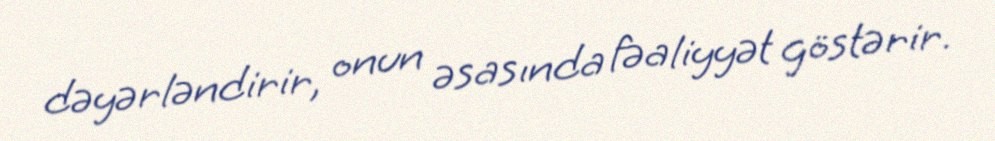
dəyərləndirir, onun əsasında fəaliyyət göstərir.